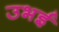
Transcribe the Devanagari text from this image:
उभई